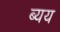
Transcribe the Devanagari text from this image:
ब्यय